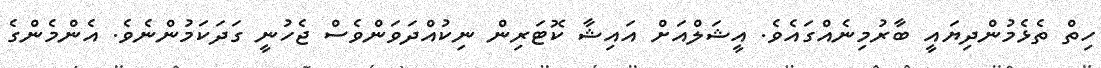
ހިތް ތެޅެމުންދިޔައީ ބާރުމިނެއްގައެވެ. އީޝަލްއަށް އައިޝާ ކޮޓަރިން ނިކުއްދަވަންވެސް ޖެހުނީ ގަދަކަމުންނެވެ. އެންމެންގެ